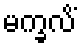
မက္ခလိံ